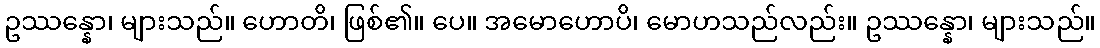
ဥဿန္နော၊ များသည်။ ဟောတိ၊ ဖြစ်၏။ ပေ။ အမောဟောပိ၊ မောဟသည်လည်း။ ဥဿန္နော၊ များသည်။